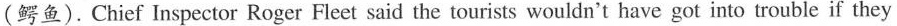
(鳄鱼).Chief Inspector Roger Fleet said the tourists wouldn't have got into trouble if they